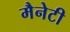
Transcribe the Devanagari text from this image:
मैनेटी